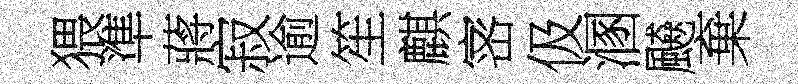
猥準蔣寂逾笙麒宻伋溷飇棄